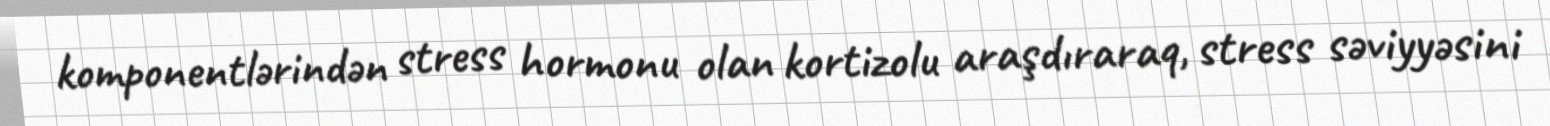
komponentlərindən stress hormonu olan kortizolu araşdıraraq, stress səviyyəsini